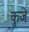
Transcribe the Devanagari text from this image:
कुजे